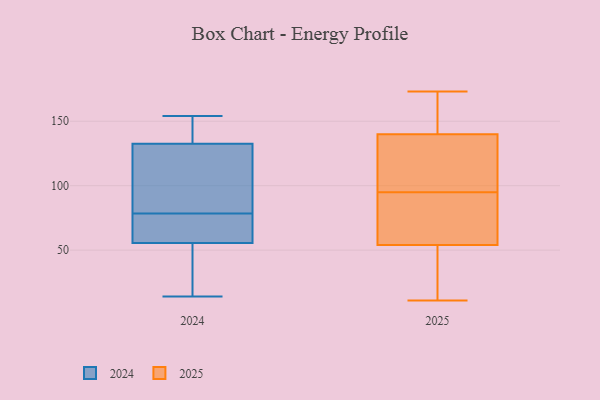
{"axis": {"x": "Production Output", "y": "Value"}, "legend": ["2024", "2025"], "data": [{"x": "", "y": 154, "type": "2024"}, {"x": "", "y": 14, "type": "2024"}, {"x": "", "y": 62, "type": "2024"}, {"x": "", "y": 87, "type": "2024"}, {"x": "", "y": 149, "type": "2024"}, {"x": "", "y": 150, "type": "2024"}, {"x": "", "y": 49, "type": "2024"}, {"x": "", "y": 70, "type": "2024"}, {"x": "", "y": 116, "type": "2024"}, {"x": "", "y": 62, "type": "2024"}, {"x": "", "y": 106, "type": "2024"}, {"x": "", "y": 39, "type": "2024"}, {"x": "", "y": 140, "type": "2025"}, {"x": "", "y": 54, "type": "2025"}, {"x": "", "y": 93, "type": "2025"}, {"x": "", "y": 146, "type": "2025"}, {"x": "", "y": 173, "type": "2025"}, {"x": "", "y": 82, "type": "2025"}, {"x": "", "y": 98, "type": "2025"}, {"x": "", "y": 35, "type": "2025"}, {"x": "", "y": 11, "type": "2025"}, {"x": "", "y": 97, "type": "2025"}]}